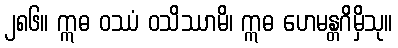
၂၈၆။ ဣဓ ဝဿံ ဝသိဿာမိ၊ ဣဓ ဟေမန္တဂိမှိသု။